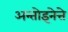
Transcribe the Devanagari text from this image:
अन्तोइनेत्ते